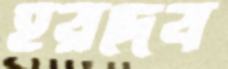
হরদেব